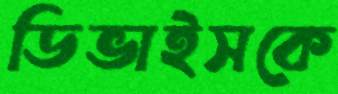
ডিভাইসকে